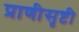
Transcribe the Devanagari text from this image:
प्राणीसृष्टी